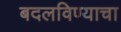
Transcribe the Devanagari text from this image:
बदलविण्याचा